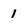
Character: 1